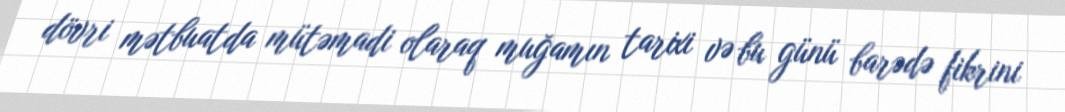
dövri mətbuatda mütəmadi olaraq muğamın tarixi və bu günü barədə fikrini